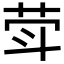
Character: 𦮜